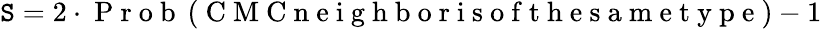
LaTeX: \mathtt{S}=2\cdot\mathrm{{~P~r~o~b~}}\left(\mathrm{{~C~M~C~n~e~i~g~h~b~o~r~i~s~o~f~t~h~e~s~a~m~e~t~y~p~e~}}\right)-1